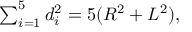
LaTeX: \textstyle \sum _ { i = 1 } ^ { 5 } d _ { i } ^ { 2 } = 5 ( R ^ { 2 } + L ^ { 2 } ) ,